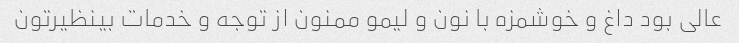
عالی بود داغ و خوشمزه با نون و لیمو ممنون از توجه و خدمات بینظیرتون